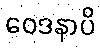
ဝေဒနာပိ